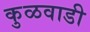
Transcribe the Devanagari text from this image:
कुळवाडी